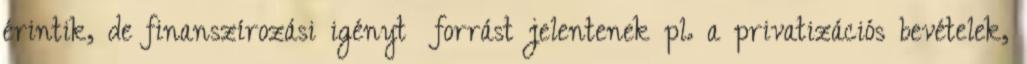
érintik, de finanszírozási igényt forrást jelentenek pl. a privatizációs bevételek,